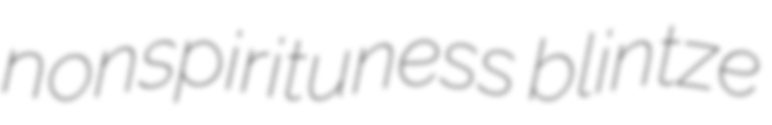
nonspirituness blintze